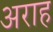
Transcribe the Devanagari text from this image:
अराह